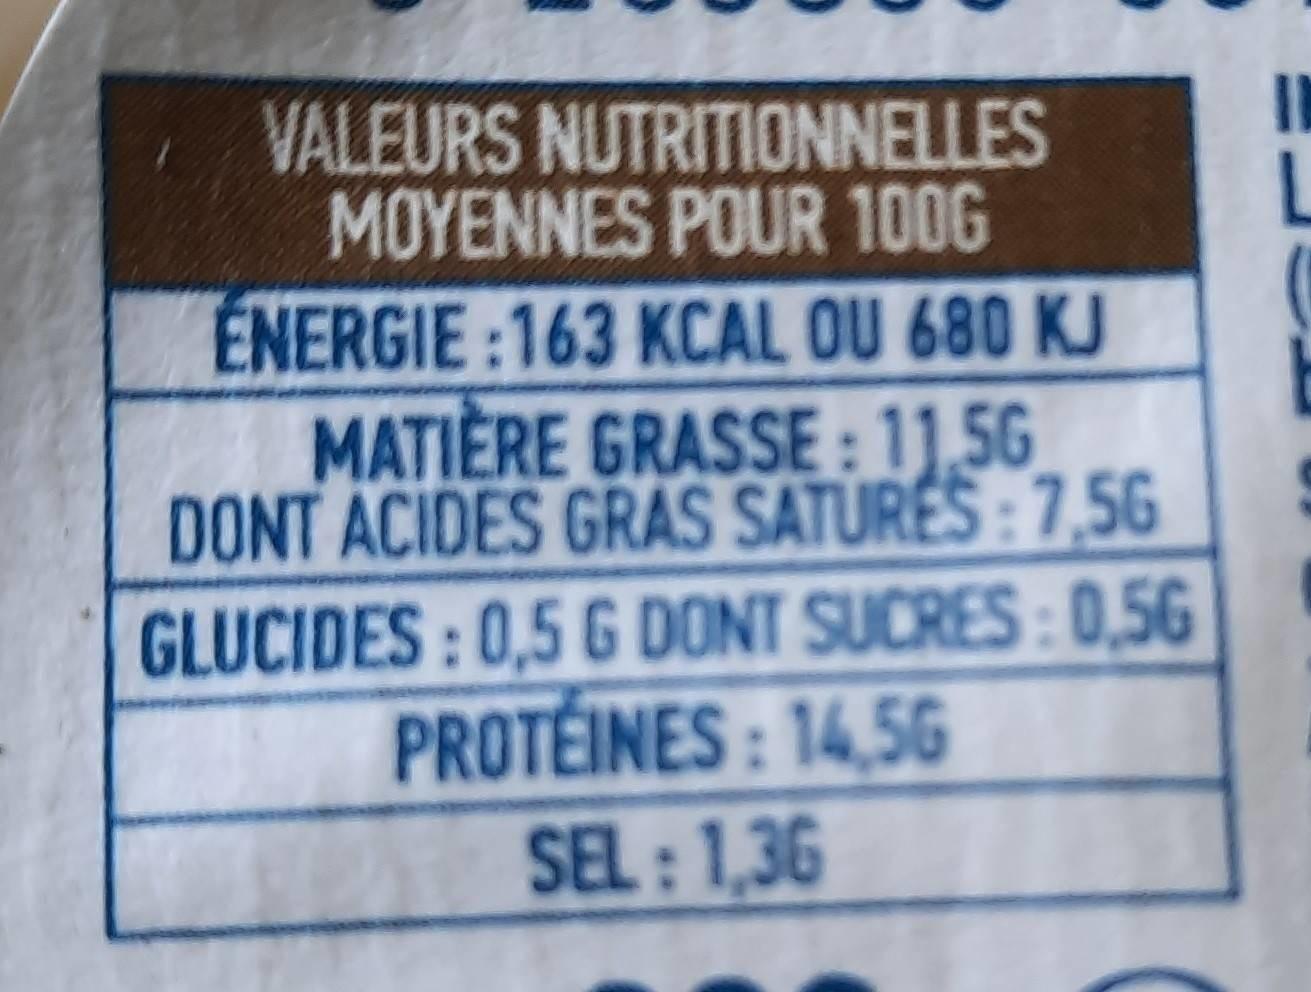
VALEURS NUTRITIONNELLES MOYENNES POUR 100G
ENERGIE :163 KCAL OU 680 KJ MATIÈRE GRASSE:11,56 DONT ACIDES GRAS SATURES : 7,56
GLUCIDES : 0,5 G DONT SUCRES: 0,5G PROTEINES: 14,5G
SEL: 1,36